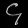
Digit: ၄